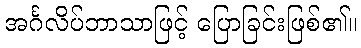
အင်္ဂလိပ်ဘာသာဖြင့် ပြောခြင်းဖြစ်၏။